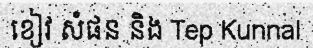
ខៀវ សំផន និង Tep Kunnal